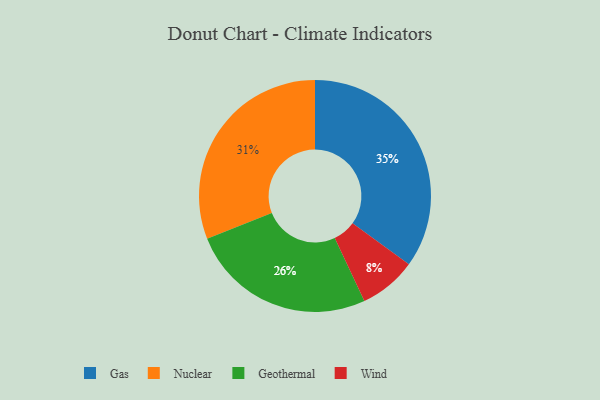
{"axis": {"x": "Category", "y": "Percentage"}, "legend": ["Gas", "Geothermal", "Nuclear", "Wind"], "data": [{"x": "Gas", "y": 35, "type": "Gas"}, {"x": "Nuclear", "y": 31, "type": "Nuclear"}, {"x": "Geothermal", "y": 26, "type": "Geothermal"}, {"x": "Wind", "y": 8, "type": "Wind"}]}